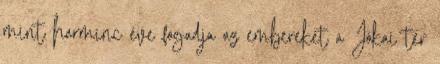
mint harminc éve fogadja az embereket a Jókai tér